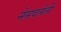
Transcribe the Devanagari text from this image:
नेसवलेली